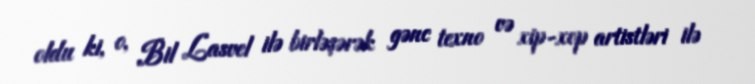
oldu ki, o, Bil Lasvel ilə birləşərək gənc texno və xip-xop artistləri ilə